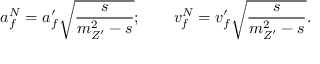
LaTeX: a _ { f } ^ { N } = a _ { f } ^ { \prime } \displaystyle { \sqrt { \frac { s } { m _ { Z ^ { \prime } } ^ { 2 } - s } } } ; ~ ~ ~ ~ ~ ~ v _ { f } ^ { N } = v _ { f } ^ { \prime } \displaystyle { \sqrt { \frac { s } { m _ { Z ^ { \prime } } ^ { 2 } - s } } } .